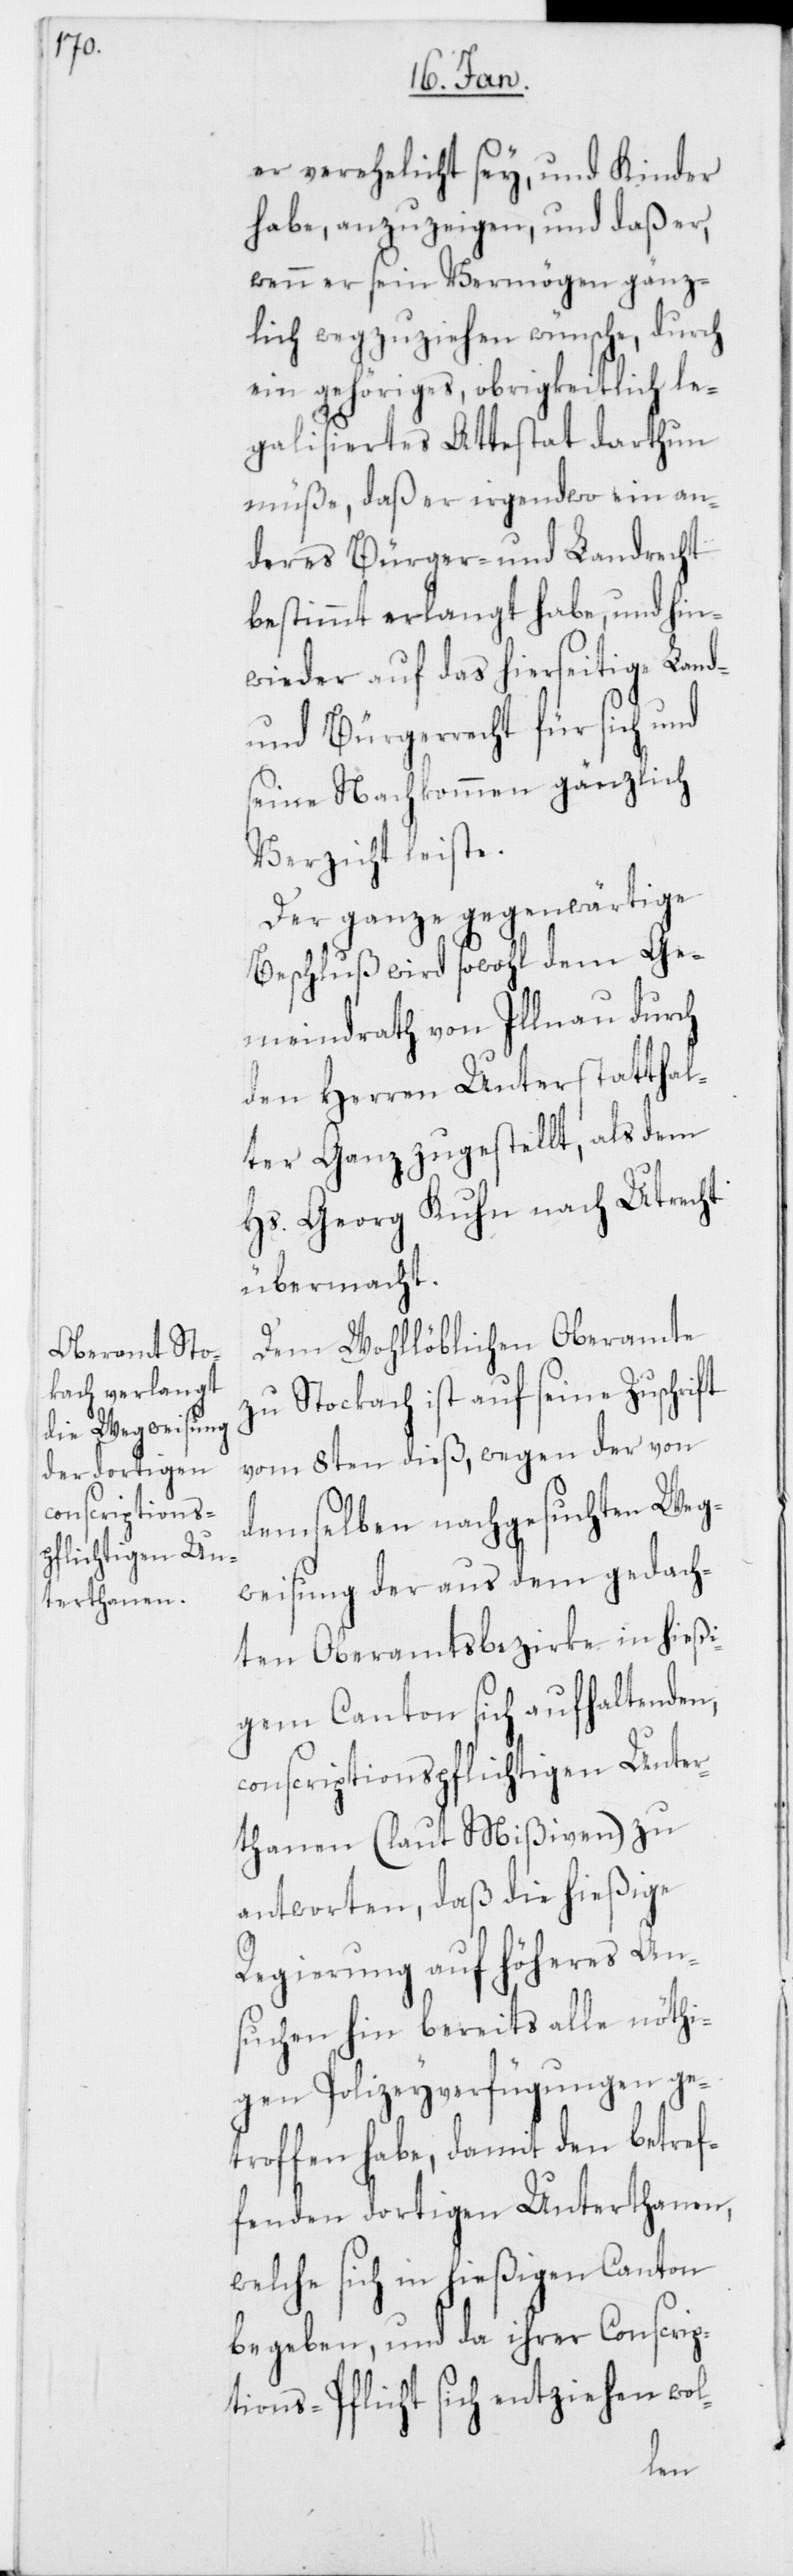
er verehelicht sey, und Kinder
habe, anzuzeigen, und daß er,
wenn er sein Vermögen gänz¬
lich wegzuziehen wünsche, durch
ein gehöriges, obrigkeitlich le¬
galisiertes Attestat darthun
müße, daß er irgendwo ein an¬
deres Bürger- und Landrecht
bestimmt erlangt habe, und hin¬
wieder auf das hierseitige Land-
und Bürgerrecht für sich und
seine Nachkommen gänzlich
Der ganze gegenwärtige
Beschluß wird sowohl dem Ge¬
meindrath von Illnau durch
den Herren Unterstatthal¬
ter Ganz zugestellt, als dem
Hs. Georg Kuhn nach Utrecht
übermacht.
Dem Wohllöblichen Oberamte
zu Stockach ist auf seine Zuschrift
vom 8ten dieß, wegen der von
demselben nachgesuchten Weg¬
weisung der aus dem gedach¬
ten Oberamtsbezirke in hießi¬
gem Canton sich aufhaltenden,
conscriptionspflichtigen Unter¬
thanen (laut Mißiven) zu
antworten, daß die hießige
Regierung auf höheres An¬
suchen hin bereits alle nöthi¬
gen Polizeyverfügungen ge¬
troffen habe, damit den betref¬
fenden dortigen Unterthanen,
welche sich in hießigen Canton
begeben, und da ihrer Conscrip¬
tions-Pflicht sich entziehen wol-